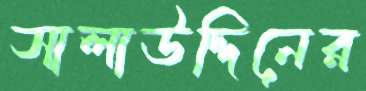
সালাউদ্দিনের